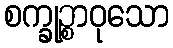
စက္ခုဉ္စာဝုသော